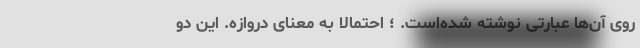
روی آن‌ها عبارتی نوشته شده‌است. ؛ احتمالا به معنای دروازه. این دو